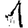
Digit: 1